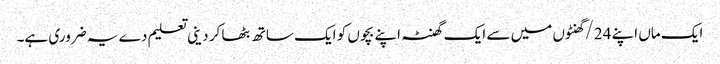
ایک ماں اپنے 24/گھنٹوں میں سے ایک گھنٹہ اپنے بچوں کو ایک ساتھ بٹھا کر دینی تعلیم دے یہ ضروری ہے۔